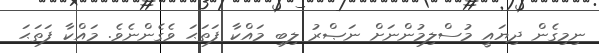
ނިމިގެން ދިޔައީ މުސްލިމުންނަށް ނަޞްރު ލިބި މައްކާ ފަތަޙަ ވެގެންނެވެ. މައްކާ ފަތަޙަ